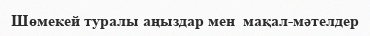
Шөмекей туралы аңыздар мен  мақал-мәтелдер